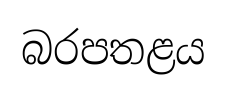
බරපතළය